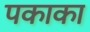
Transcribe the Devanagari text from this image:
पकाका